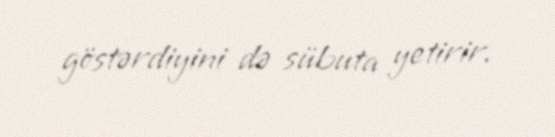
göstərdiyini də sübuta yetirir.